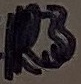
Text: R3